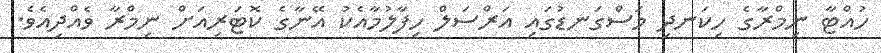
ހުއްޓާ ނިމްރާގެ ހިކަނދި މަސްގަނޑުގައި އަރްސަލް ހިފާލުމާއެކު އޭނާގެ ކޮޓަރިއަށް ނިމްރާ ވެއްދިއެވެ.